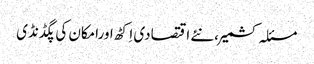
مسئلہ کشمیر،نئے اقتصادی اِکٹھ اورامکان کی پگڈنڈی